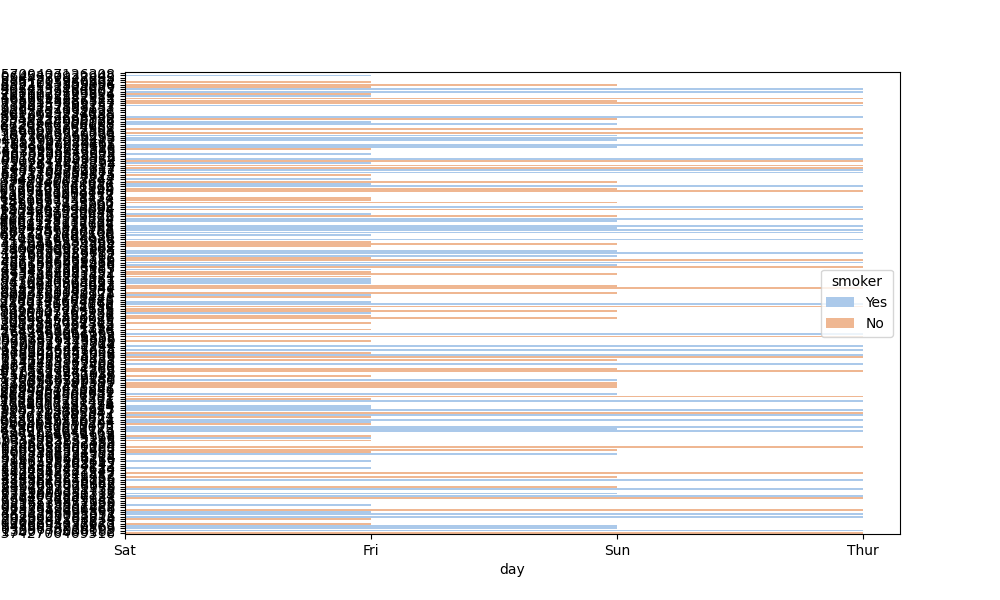
python, seaborn, barplot, hue='smoker', palette='pastel', ci=None, orient='h'